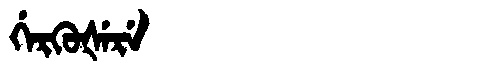
Manchu: ᡤᡝᡵᡴᡠᡧᡝᡵᡝ
Romanization: GERKUŠERE